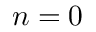
n = 0